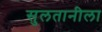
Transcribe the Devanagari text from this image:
सुलतानीला